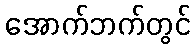
အောက်ဘက်တွင်